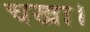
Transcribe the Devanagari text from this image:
चखा।